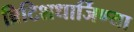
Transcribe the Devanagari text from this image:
ब्रिटिशधार्जिण्या